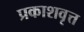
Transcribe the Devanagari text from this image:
प्रकाशवृत्त